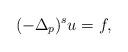
LaTeX: \begin{align*}(-\Delta_p)^s u=f,\end{align*}